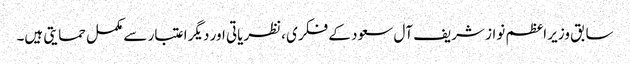
سابق وزیر اعظم نواز شریف آل سعود کے فکری ،نظریاتی اور دیگر اعتبار سے مکمل حمایتی ہیں۔